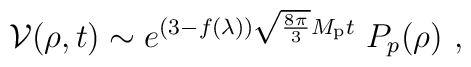
{\cal V}(\rho,t) \sim e^{(3-f(\lambda))\sqrt{8\pi\over 3}M_{\rm p} t}\ P_p(\rho)\ ,